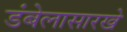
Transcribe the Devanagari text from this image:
डंबेलासारखे